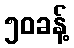
၅၀ခန့်